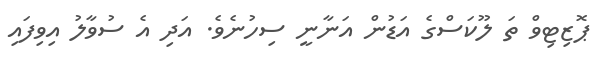
ޕޮޒިޓިވް ތަ ލޫކަސްގެ އަޑުން އަނާނީ ސިހުނެވެ. އަދި އެ ސުވާލު އިވިފައި